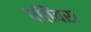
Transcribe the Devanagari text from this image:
पतिंवरा